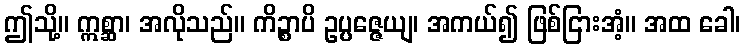
ဤသို့။ ဣစ္ဆာ၊ အလိုသည်။ ကိဉ္စာပိ ဥပ္ပဇ္ဇေယျ၊ အကယ်၍ ဖြစ်ငြားအံ့။ အထ ခေါ၊